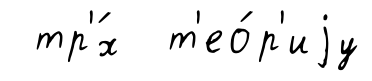
тр'́х т'ео́р'иjу